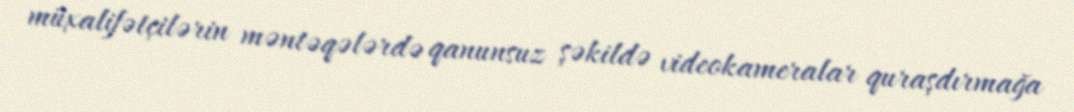
müxalifətçilərin məntəqələrdə qanunsuz şəkildə videokameralar quraşdırmağa